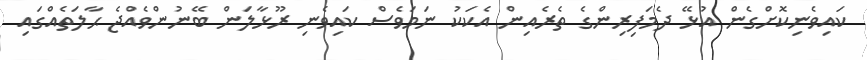
ކައިވެނިކޮށްގެން އުޅޭ ދެމަފިރިންގެ ތެރެއިން އެކަކު ނަމަވެސް ކައިވެނި ރޫޅާލަން ބޭނުންވެއްޖެ ޙާލަތެއްގައި